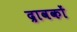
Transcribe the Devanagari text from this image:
द्रावकों